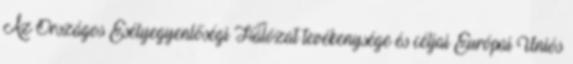
Az Országos Esélyegyenlőségi Hálózat tevékenysége és céljai Európai Uniós